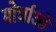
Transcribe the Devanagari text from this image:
मोर्चाओं